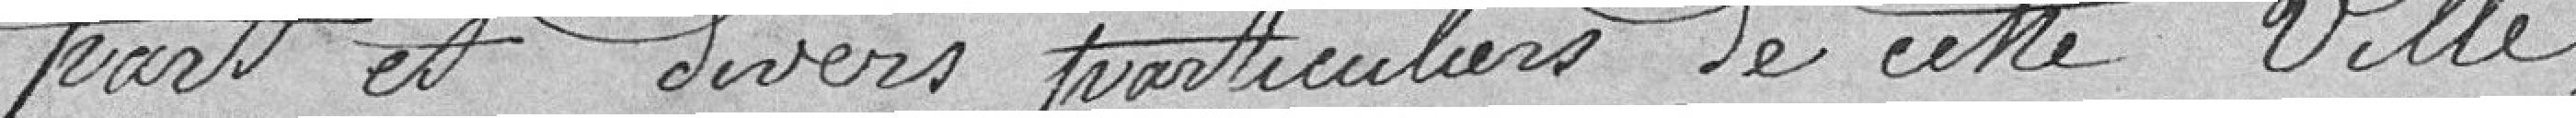
part et dives particuliers de cette ville,